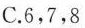
C.6,7,8